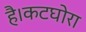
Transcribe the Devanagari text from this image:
है।कटघोरा